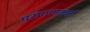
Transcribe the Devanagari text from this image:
परागणकर्ता